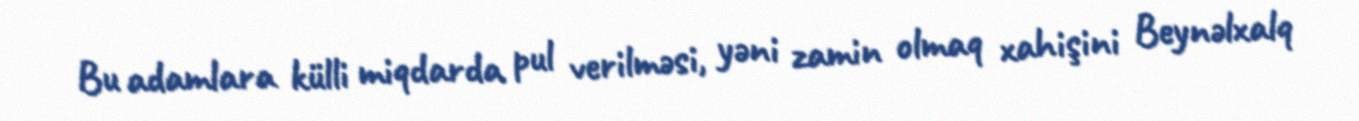
Bu adamlara külli miqdarda pul verilməsi, yəni zamin olmaq xahişini Beynəlxalq